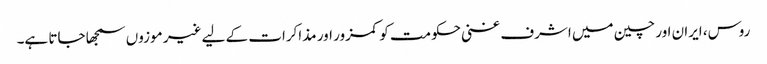
روس، ایران اور چین میں اشرف غنی حکومت کو کمزور اور مذاکرات کے لیے غیر موزوں سمجھا جاتا ہے۔